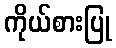
ကိုယ်စားပြု